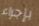
بإجراء